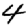
Digit: 4